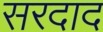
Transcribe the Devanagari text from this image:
सरदाद